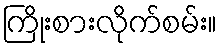
ကြိုးစားလိုက်စမ်း။